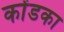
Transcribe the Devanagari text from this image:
कोंडका